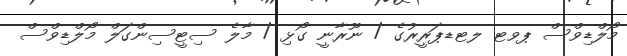
މޯލްޑިވްސް ޕވޓ ލޓޑޕަރީރުގެ / ނޫރާނީ ގޯޅި / މާލެ ސިޓީސިންގަލް މޯލްޑިވްސް